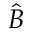
\hat { B }